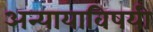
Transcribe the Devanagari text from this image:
अन्यायाविषयी